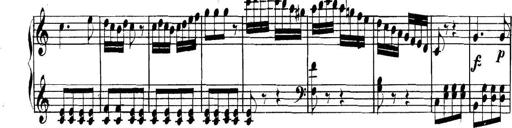
Title: Collected Piano Sonatas
Composer: Muzio Clementi